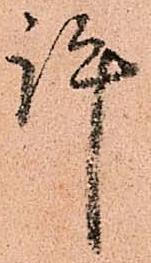
許